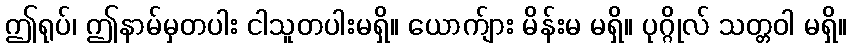
ဤရုပ်၊ ဤနာမ်မှတပါး ငါသူတပါးမရှိ။ ယောက်ျား မိန်းမ မရှိ။ ပုဂ္ဂိုလ် သတ္တဝါ မရှိ။